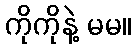
ကိုကိုနဲ့ မမ။